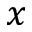
x